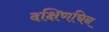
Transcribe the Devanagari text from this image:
दक्षिणचिन